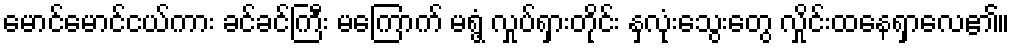
မောင်မောင်ငယ်ကား ခင်ခင်ကြီး မကြောက် မရွံ့ လှုပ်ရှားတိုင်း နှလုံးသွေးတွေ လှိုင်းထနေရှာလေ၏။